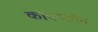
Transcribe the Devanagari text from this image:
कोक्स्सोन